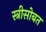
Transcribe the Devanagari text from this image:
स्त्रीसोबत